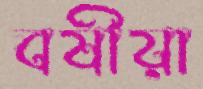
বর্ষীয়া